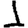
Digit: 1